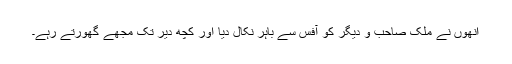
انھوں نے ملک صاحب و دیگر کو آفس سے باہر نکال دیا اور کچھ دیر تک مجھے گھورتے رہے۔